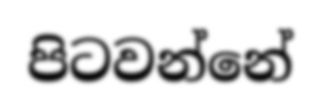
පිටවන්නේ